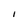
Character: I